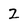
Character: 2